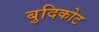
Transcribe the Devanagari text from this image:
बुदिकोट